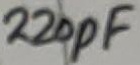
Text: 220pF